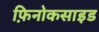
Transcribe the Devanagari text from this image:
फ़िनोकसाइड